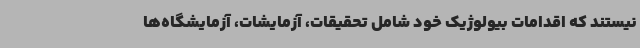
نیستند که اقدامات بیولوژیک خود شامل تحقیقات، آزمایشات، آزمایشگاه‌ها